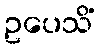
ဥပေသိံ